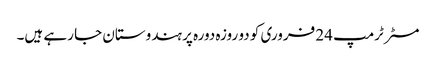
مسٹر ٹرمپ 24 فروری کو دو روزہ دورہ پر ہندوستان جا رہے ہیں۔